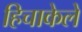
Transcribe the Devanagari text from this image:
हिचाकेले